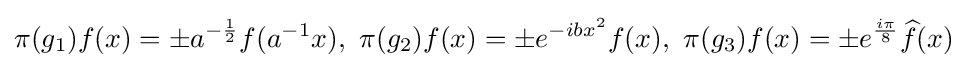
\pi (g_{1})f(x)=\pm a^{-{\frac {1}{2}}}f(a^{-1}x),\,\,\pi (g_{2})f(x)=\pm e^{-ibx^{2}}f(x),\,\,\pi (g_{3})f(x)=\pm e^{\frac {i\pi }{8}}{\widehat {f}}(x)